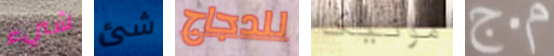
شيء شئ للدجاج مونيكا م.ج